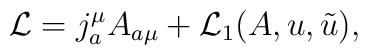
{\cal L}=j^\mu_a A_{a\mu}+{\cal L}_1(A,u,\tilde u),